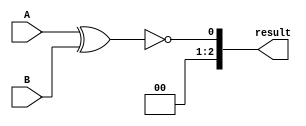
module comparator (
    input [15:0] A,
    input [15:0] B,
    output [2:0] result
);

wire [15:0] equal_bits;
wire [15:0] A_greater_than_B;
wire [15:0] B_greater_than_A;

assign equal_bits = A ^ B;
assign A_greater_than_B = (A > B);
assign B_greater_than_A = (A < B);

assign result[0] = (equal_bits == 16'h0000);
assign result[1] = (A_greater_than_B == 16'hFFFF) & (~B_greater_than_A == 16'hFFFF);
assign result[2] = (B_greater_than_A == 16'hFFFF) & (~A_greater_than_B == 16'hFFFF);

endmodule